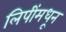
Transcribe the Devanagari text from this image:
लिपींमधून